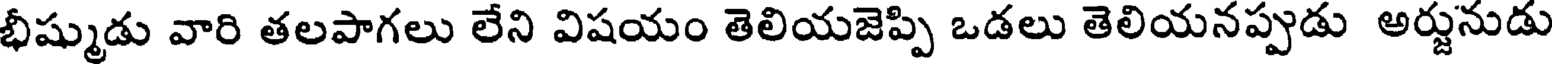
భీష్ముడు వారి తలపాగలు లేని విషయం తెలియజెప్పి ఒడలు తెలియనప్పుడు అర్జునుడు